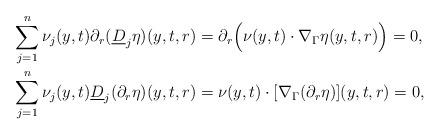
LaTeX: \begin{align*} \sum_{j=1}^n\nu_j(y,t)\partial_r(\underline{D}_j\eta)(y,t,r) &= \partial_r\Bigl(\nu(y,t)\cdot\nabla_\Gamma\eta(y,t,r)\Bigr) = 0, \\ \sum_{j=1}^n\nu_j(y,t)\underline{D}_j(\partial_r\eta)(y,t,r) &= \nu(y,t)\cdot[\nabla_\Gamma(\partial_r\eta)](y,t,r) = 0,\end{align*}